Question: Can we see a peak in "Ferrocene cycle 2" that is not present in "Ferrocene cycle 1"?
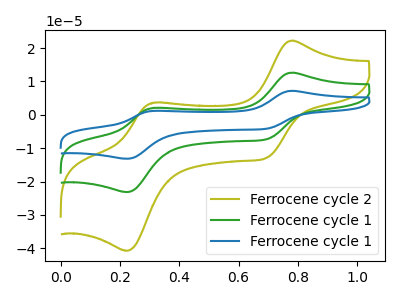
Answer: <think>The olive curve "Ferrocene cycle 2" has anodic peaks at (0.80V, 22.20uA) (0.30V, 3.65uA) and cathodic peaks at (0.70V, -12.90uA) (0.20V, -40.70uA). The green curve "Ferrocene cycle 1" has anodic peaks at (0.80V, 12.60uA) (0.30V, 2.05uA) and cathodic peaks at (0.70V, -7.35uA) (0.20V, -23.15uA). The blue curve "Ferrocene cycle 1" has anodic peaks at (0.80V, 25.25uA) (0.30V, 4.15uA) and cathodic peaks at (0.70V, -14.65uA) (0.20V, -46.25uA).
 All the peaks in "Ferrocene cycle 2" have a peak in "Ferrocene cycle 1" at the same potential. Every peak in "Ferrocene cycle 2" is higher than every peak in "Ferrocene cycle 1".</think>
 <answer>No, "Ferrocene cycle 2" and "Ferrocene cycle 1" don't appear to be significantly different in shape</answer>
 <eval>no_change</eval>